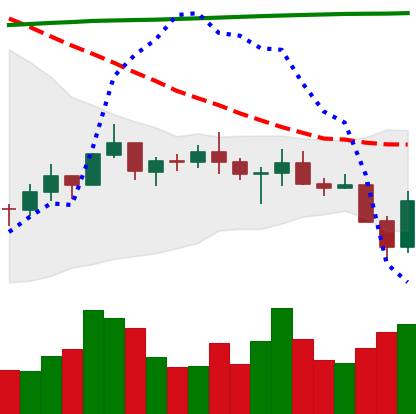
Ticker: BNB-USD
Chart end date: 2021-07-21
Forward return: 4.084%
Label: up_3_5